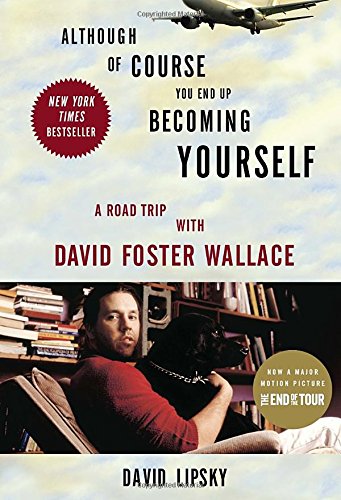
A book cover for Although Of Course You End Up Becoming Yourself: A Road Trip with David Foster Wallace; David Lipsky; Biographies & Memoirs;